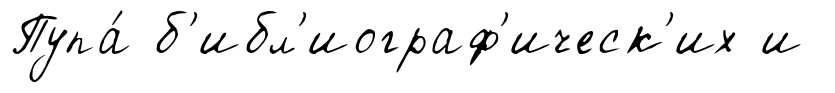
Пупа́ б'ибл'иограф'ическ'их и